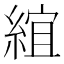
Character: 𬗦